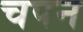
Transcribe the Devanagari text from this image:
चपन